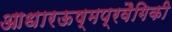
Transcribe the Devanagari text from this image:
आधारऊष्मप्रवैगिकी